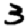
Digit: 3